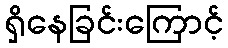
ရှိနေခြင်းကြောင့်